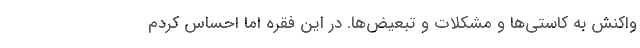
واکنش به کاستی‌ها و مشکلات و تبعیض‌ها. در این فقره اما احساس کردم